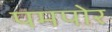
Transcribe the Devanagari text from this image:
पमपोर